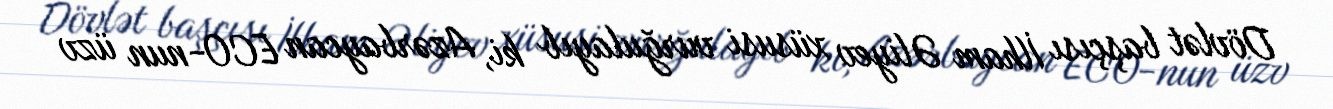
Dövlət başçısı İlham Əliyev xüsusi vurğulayıb ki, Azərbaycan ECO-nun üzv